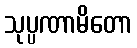
သုပ္ပဏာမိတော